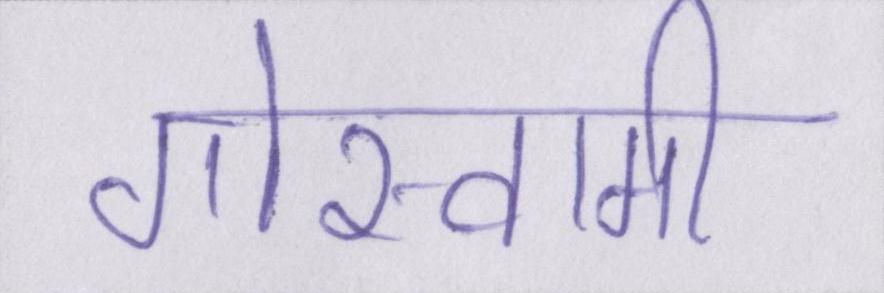
गोस्वामी